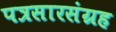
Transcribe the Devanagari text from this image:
पत्रसारसंग्रह